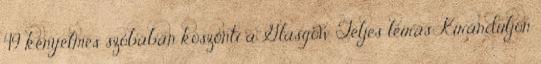
49 kényelmes szobában köszönti a Glasgow Teljes leírás Kiránduljon